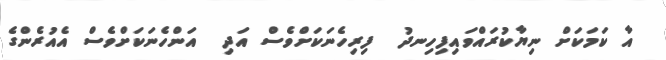
އާ ކަމަކަށް ނިޔާކުރައްވައިފިހިނދު  ފިރިހެނަކަށްވެސް އަދި  އަންހެނަަކަށްވެސް އެއުރެންގެ